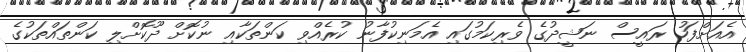
އެއަށްފަހު ރައީސް ނަޝީދުގެ ވެރިކަމުގައި އެމަނިކުފާނު ކުރެއްވި ކަންތަކާއި ނުކޮށް ދޫކޮށްލި ކަންތައްތަކުގެ